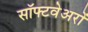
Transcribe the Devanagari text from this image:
सॉफ्टवेअरों